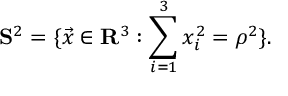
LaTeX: { \bf S } ^ { 2 } = \{ \vec { x } \in { \bf R } ^ { 3 } : \sum _ { i = 1 } ^ { 3 } x _ { i } ^ { 2 } = { \rho } ^ { 2 } \} .